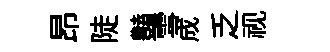
昂陡𧰟雪成乏视